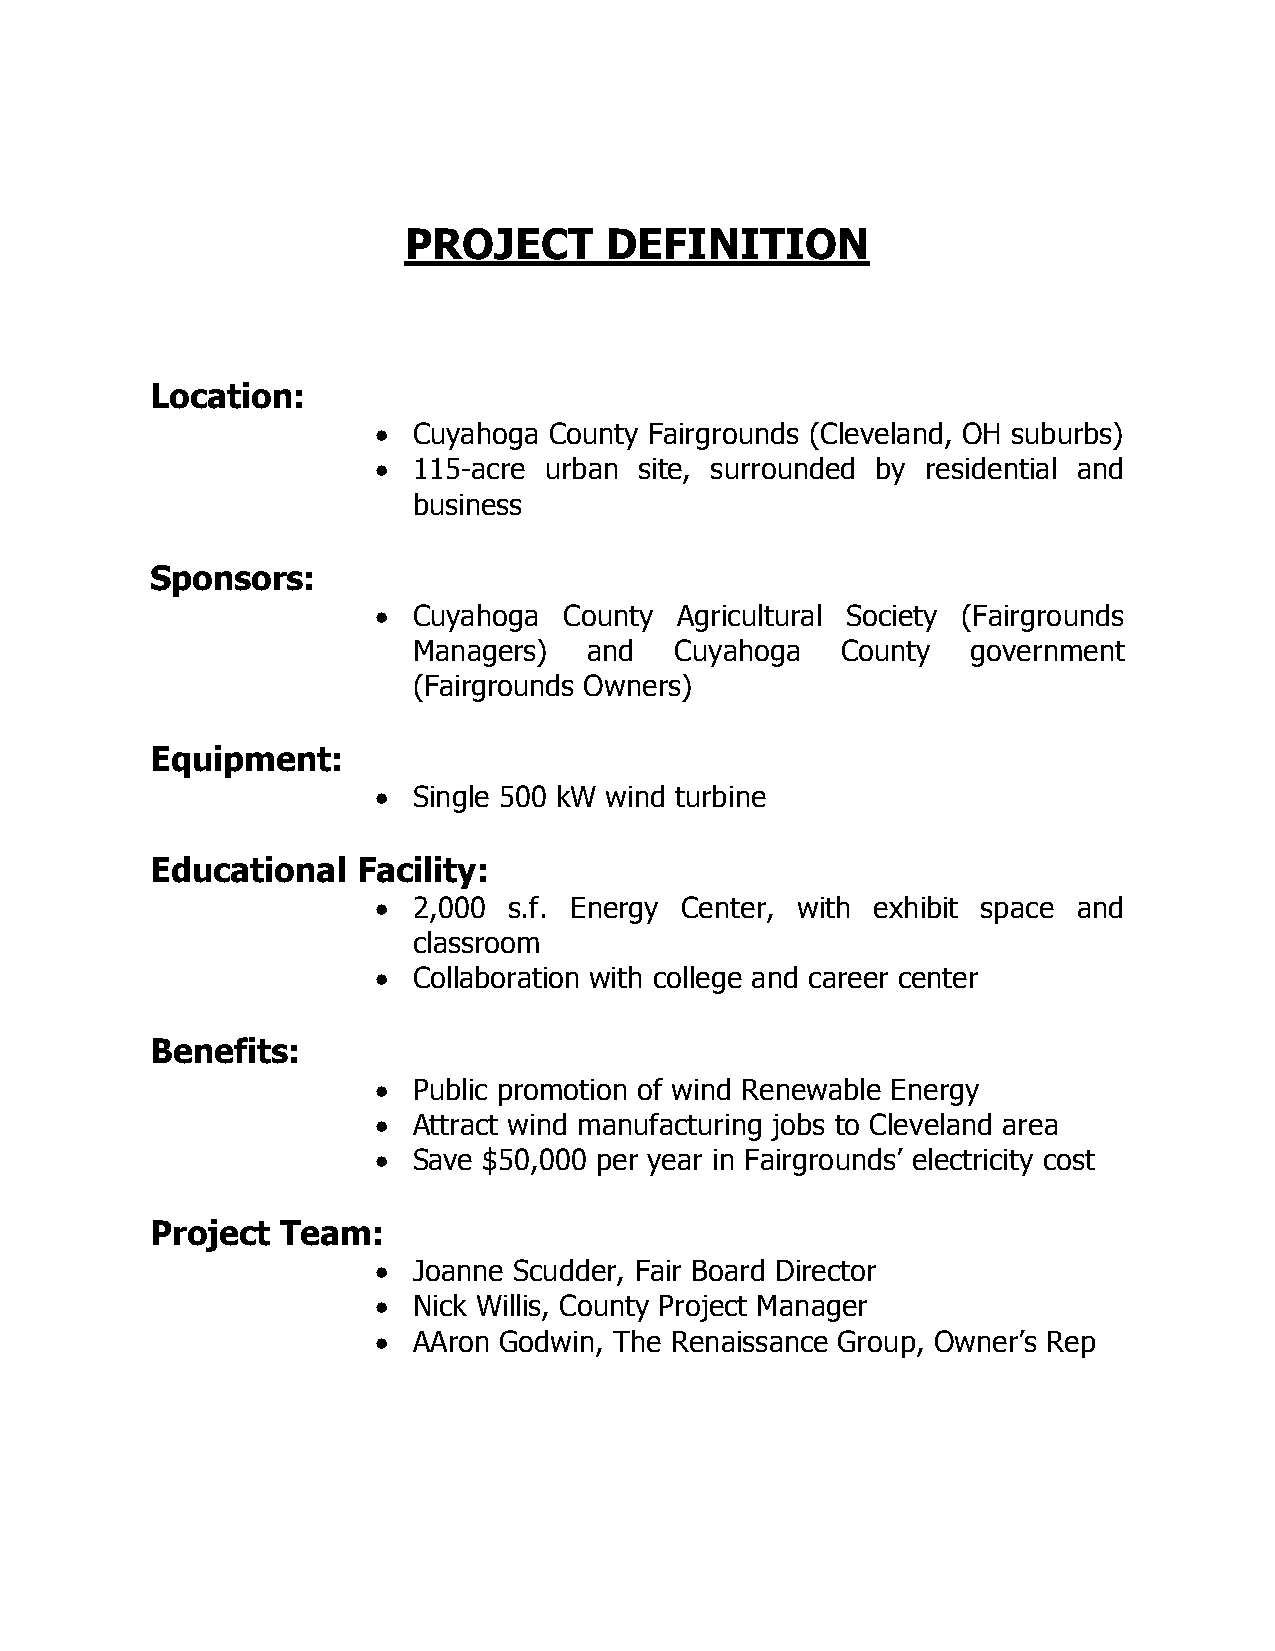
PROJECT      DEFINITION
 Location:
  Cuyahoga County Fairgrounds (Cleveland, OH suburbs)
  115-acre urban site, surrounded by residential and
 business
 Sponsors:
  Cuyahoga  County  Agricultural Society (Fairgrounds
 Managers)   and   Cuyahoga   County  government
 (Fairgrounds Owners)
 Equipment:
  Single 500 kW wind turbine
 Educational   Facility:
  2,000  s.f. Energy Center, with exhibit space and
 classroom
  Collaboration with college and career center
 Benefits:
  Public promotion of wind Renewable Energy
  Attract wind manufacturing jobs to Cleveland area
  Save $50,000 per year in Fairgrounds’ electricity cost
 Project  Team:
  Joanne Scudder, Fair Board Director
  Nick Willis, County Project Manager
  AAron Godwin, The Renaissance Group, Owner’s Rep